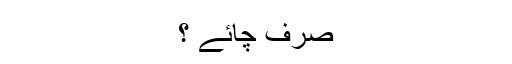
صرف چائے ؟